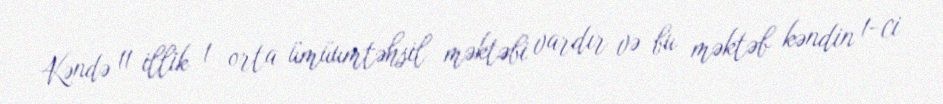
Kəndə 11 illik 1 orta ümüumtəhsil məktəbi vardır və bu məktəb kəndin 1-ci